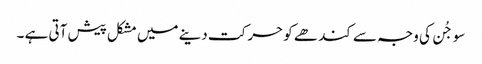
سو جُن کی وجہ سے کند ھے کو حر کت دینے میں مشکل پیش آتی ہے ۔